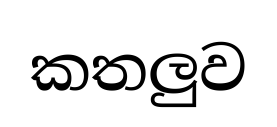
කතලුව